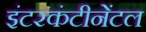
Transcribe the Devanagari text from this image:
इंटरकंटीनेंटल